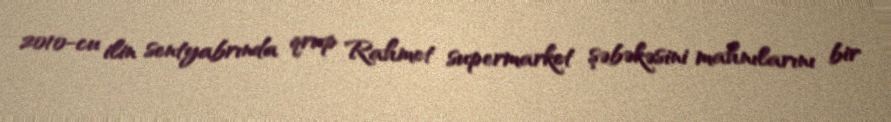
2010-cu ilin sentyabrında qrup Rahmet supermarket şəbəkəsini mahnılarını bir